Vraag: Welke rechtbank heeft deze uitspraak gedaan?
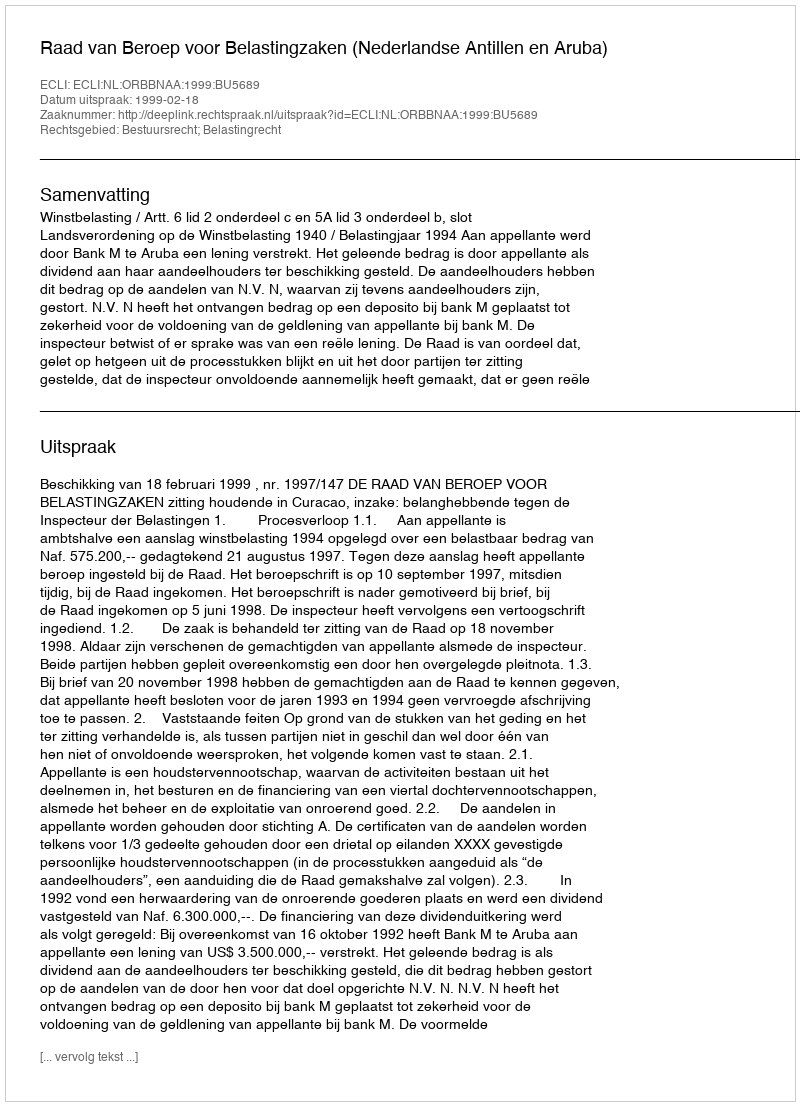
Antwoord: Raad van Beroep voor Belastingzaken (Nederlandse Antillen en Aruba)